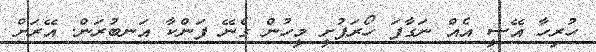
ހުރިހާ އޭސީ އެއް ނަގާފަ ހޯރަފުށީ މީހުން ގެނޭ ފަންކާ އަނބުރަން. އޭރަށް